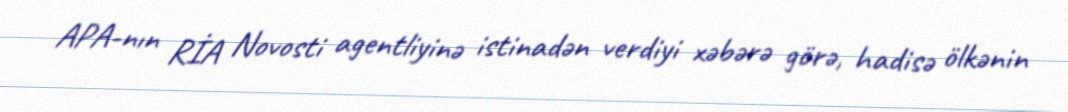
APA-nın RİA Novosti agentliyinə istinadən verdiyi xəbərə görə, hadisə ölkənin